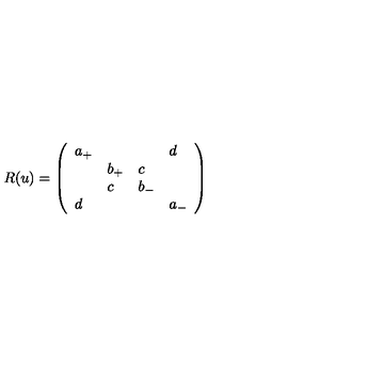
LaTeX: R ( u ) = \left( \begin{array} { l l l l } { a _ { + } } & { } & { } & { d } \\ { } & { b _ { + } } & { c } & { } \\ { } & { c } & { b _ { - } } & { } \\ { d } & { } & { } & { a _ { - } } \\ \end{array} \right)